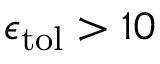
\epsilon _ { \mathrm { { t o l } } } > 1 0 \